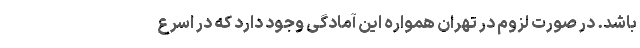
باشد. در صورت لزوم در تهران همواره این آمادگی وجود دارد که در اسرع